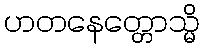
ဟတနေတ္တောသ္မိ